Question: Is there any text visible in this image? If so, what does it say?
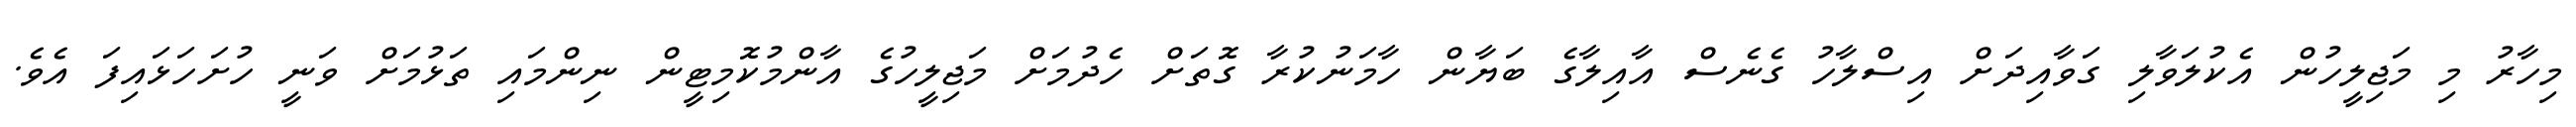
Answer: މިހާރު މި މަޖިލީހުން އެކުލަވާލި ގަވާއިދަށް އިސްލާހު ގެނެސް އާއިލާގެ ބަޔާން ހާމަނުކުރާ ގޮތަށް ހެދުމަށް މަޖިލީހުގެ އާންމުކޮމިޓީން ނިންމައި ތަޅުމަށް ވަނީ ހުށަހަޅައިފަ އެވެ.